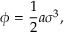
\phi = \frac { 1 } { 2 } a \sigma ^ { 3 } ,